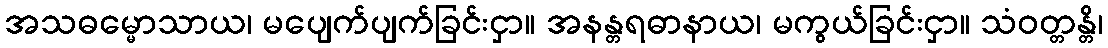
အသဓမ္မောသာယ၊ မပျေက်ပျက်ခြင်းငှာ။ အနန္တရဓာနာယ၊ မကွယ်ခြင်းငှာ။ သံဝတ္တန္တိ၊